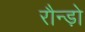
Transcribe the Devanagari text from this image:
रौन्ड़ो